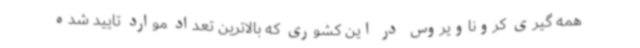
همه گیری کروناویروس در این کشوری که بالاترین تعداد موارد تایید شده